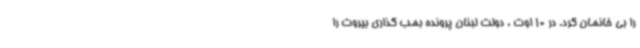
را بی خانمان کرد. در 10 اوت ، دولت لبنان پرونده بمب گذاری بیروت را